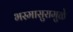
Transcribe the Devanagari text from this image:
भस्मासुरामुळे